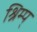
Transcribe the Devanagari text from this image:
श्रिम्प्